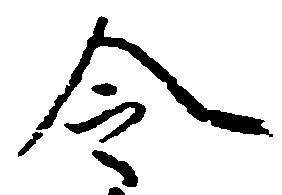
令